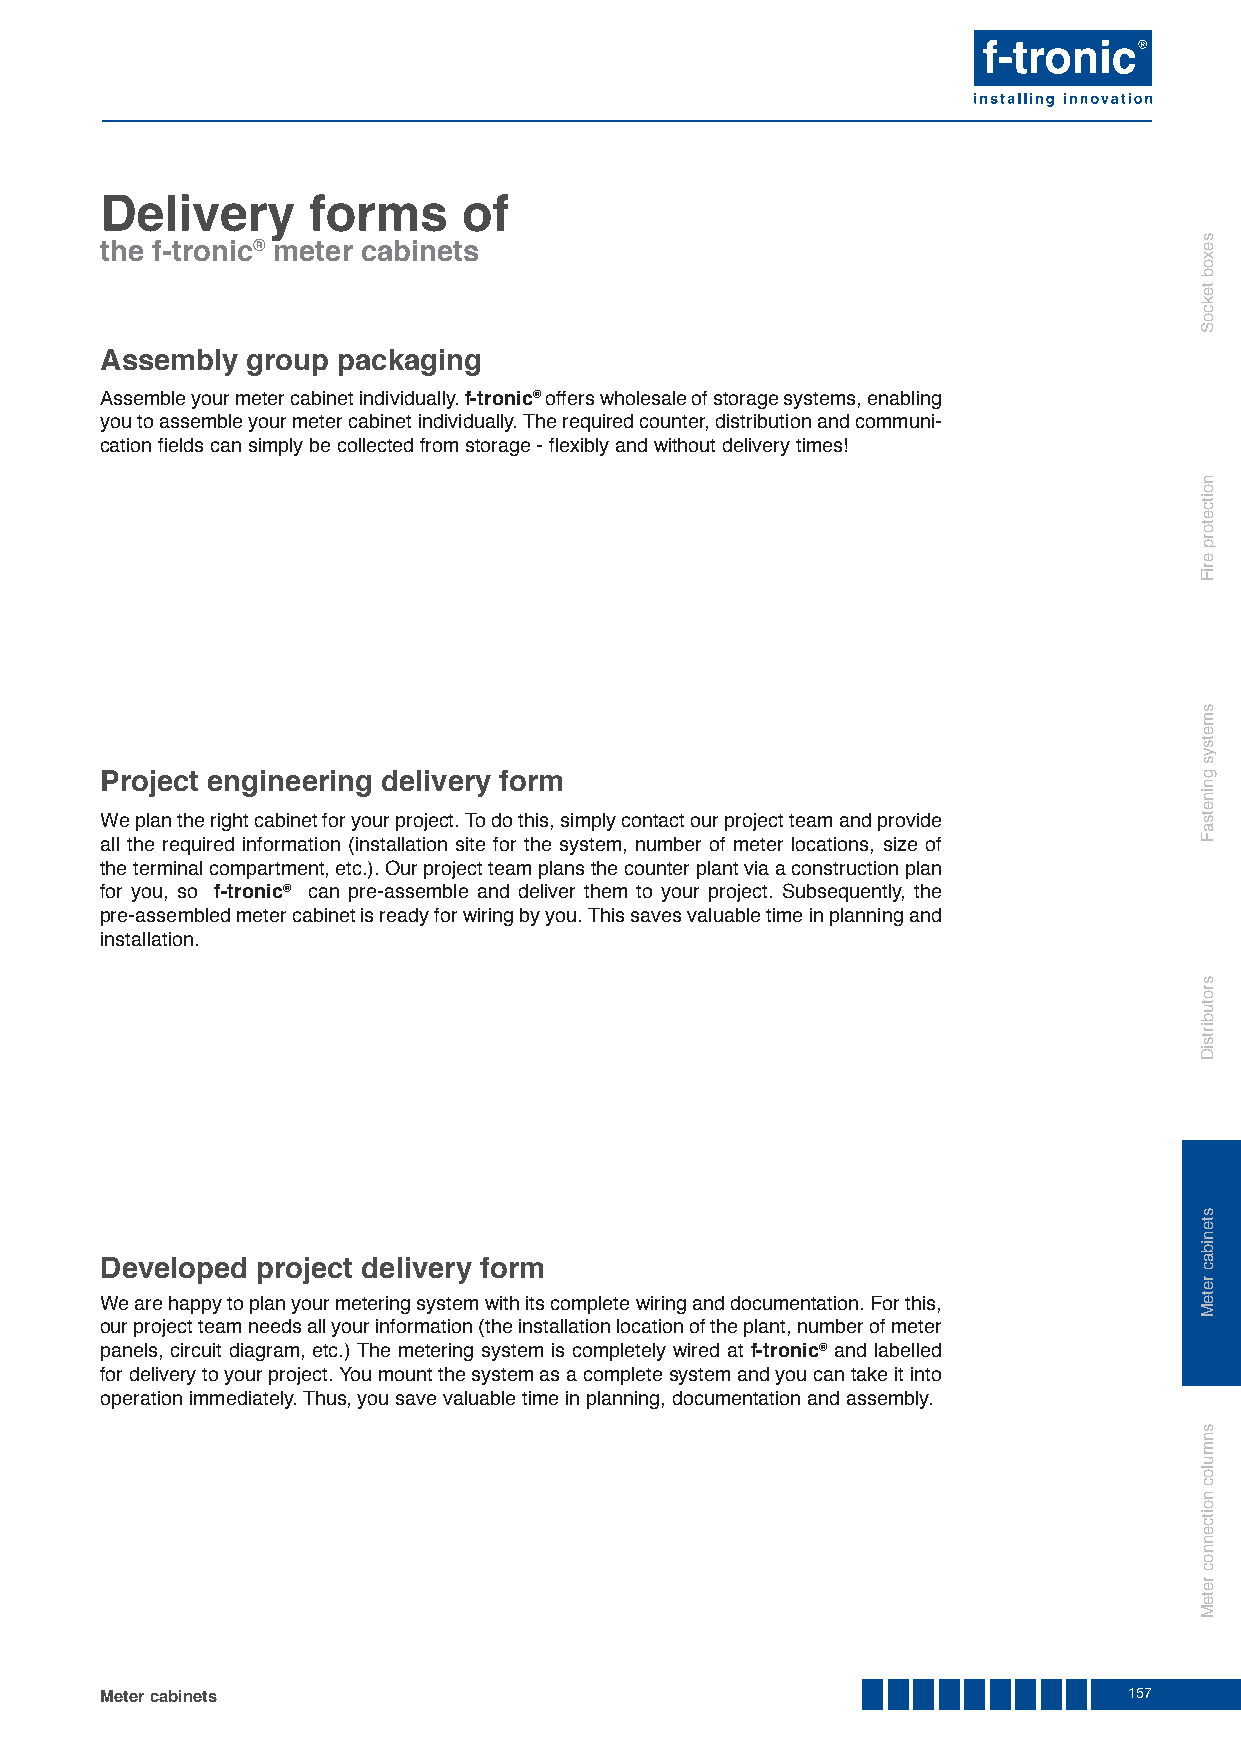
Delivery     forms      of
 the f-tronic® meter cabinets
 Assembly group packaging
 Assemble your meter cabinet individually. f-tronic® offers wholesale of storage systems, enabling
 you to assemble your meter cabinet individually. The required counter, distribution and communi-
 cation fields can simply be collected from storage - flexibly and without delivery times!
 Project engineering delivery form
 We plan the right cabinet for your project. To do this, simply contact our project team and provide
 all the required information (installation site for the system, number of meter locations, size of
 the terminal compartment, etc.). Our project team plans the counter plant via a construction plan
 for you, so f-tronic® can pre-assemble and deliver them to your project. Subsequently, the
 pre-assembled meter cabinet is ready for wiring by you. This saves valuable time in planning and
 installation.
 Developed project delivery form
 We are happy to plan your metering system with its complete wiring and documentation. For this,
 our project team needs all your information (the installation location of the plant, number of meter
 panels, circuit diagram, etc.) The metering system is completely wired at f-tronic® and labelled
 for delivery to your project. You mount the system as a complete system and you can take it into
 operation immediately. Thus, you save valuable time in planning, documentation and assembly.
 Meter cabinets                                                      157
 sexob
 tekcoS
 noitcetorp
 eriF
 smetsys
 gninetsaF
 srotubirtsiD
 stenibac
 reteM
 snmuloc
 noitcennoc
 reteM